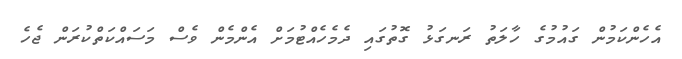
އެހެންކަމުން ގައުމުގެ ހާލަތު ރަނގަޅު ގޮތުގައި ދެމެހެއްޓުމަށް އެންމެން ވެސް މަސައްކަތްކުރަން ޖެހެ